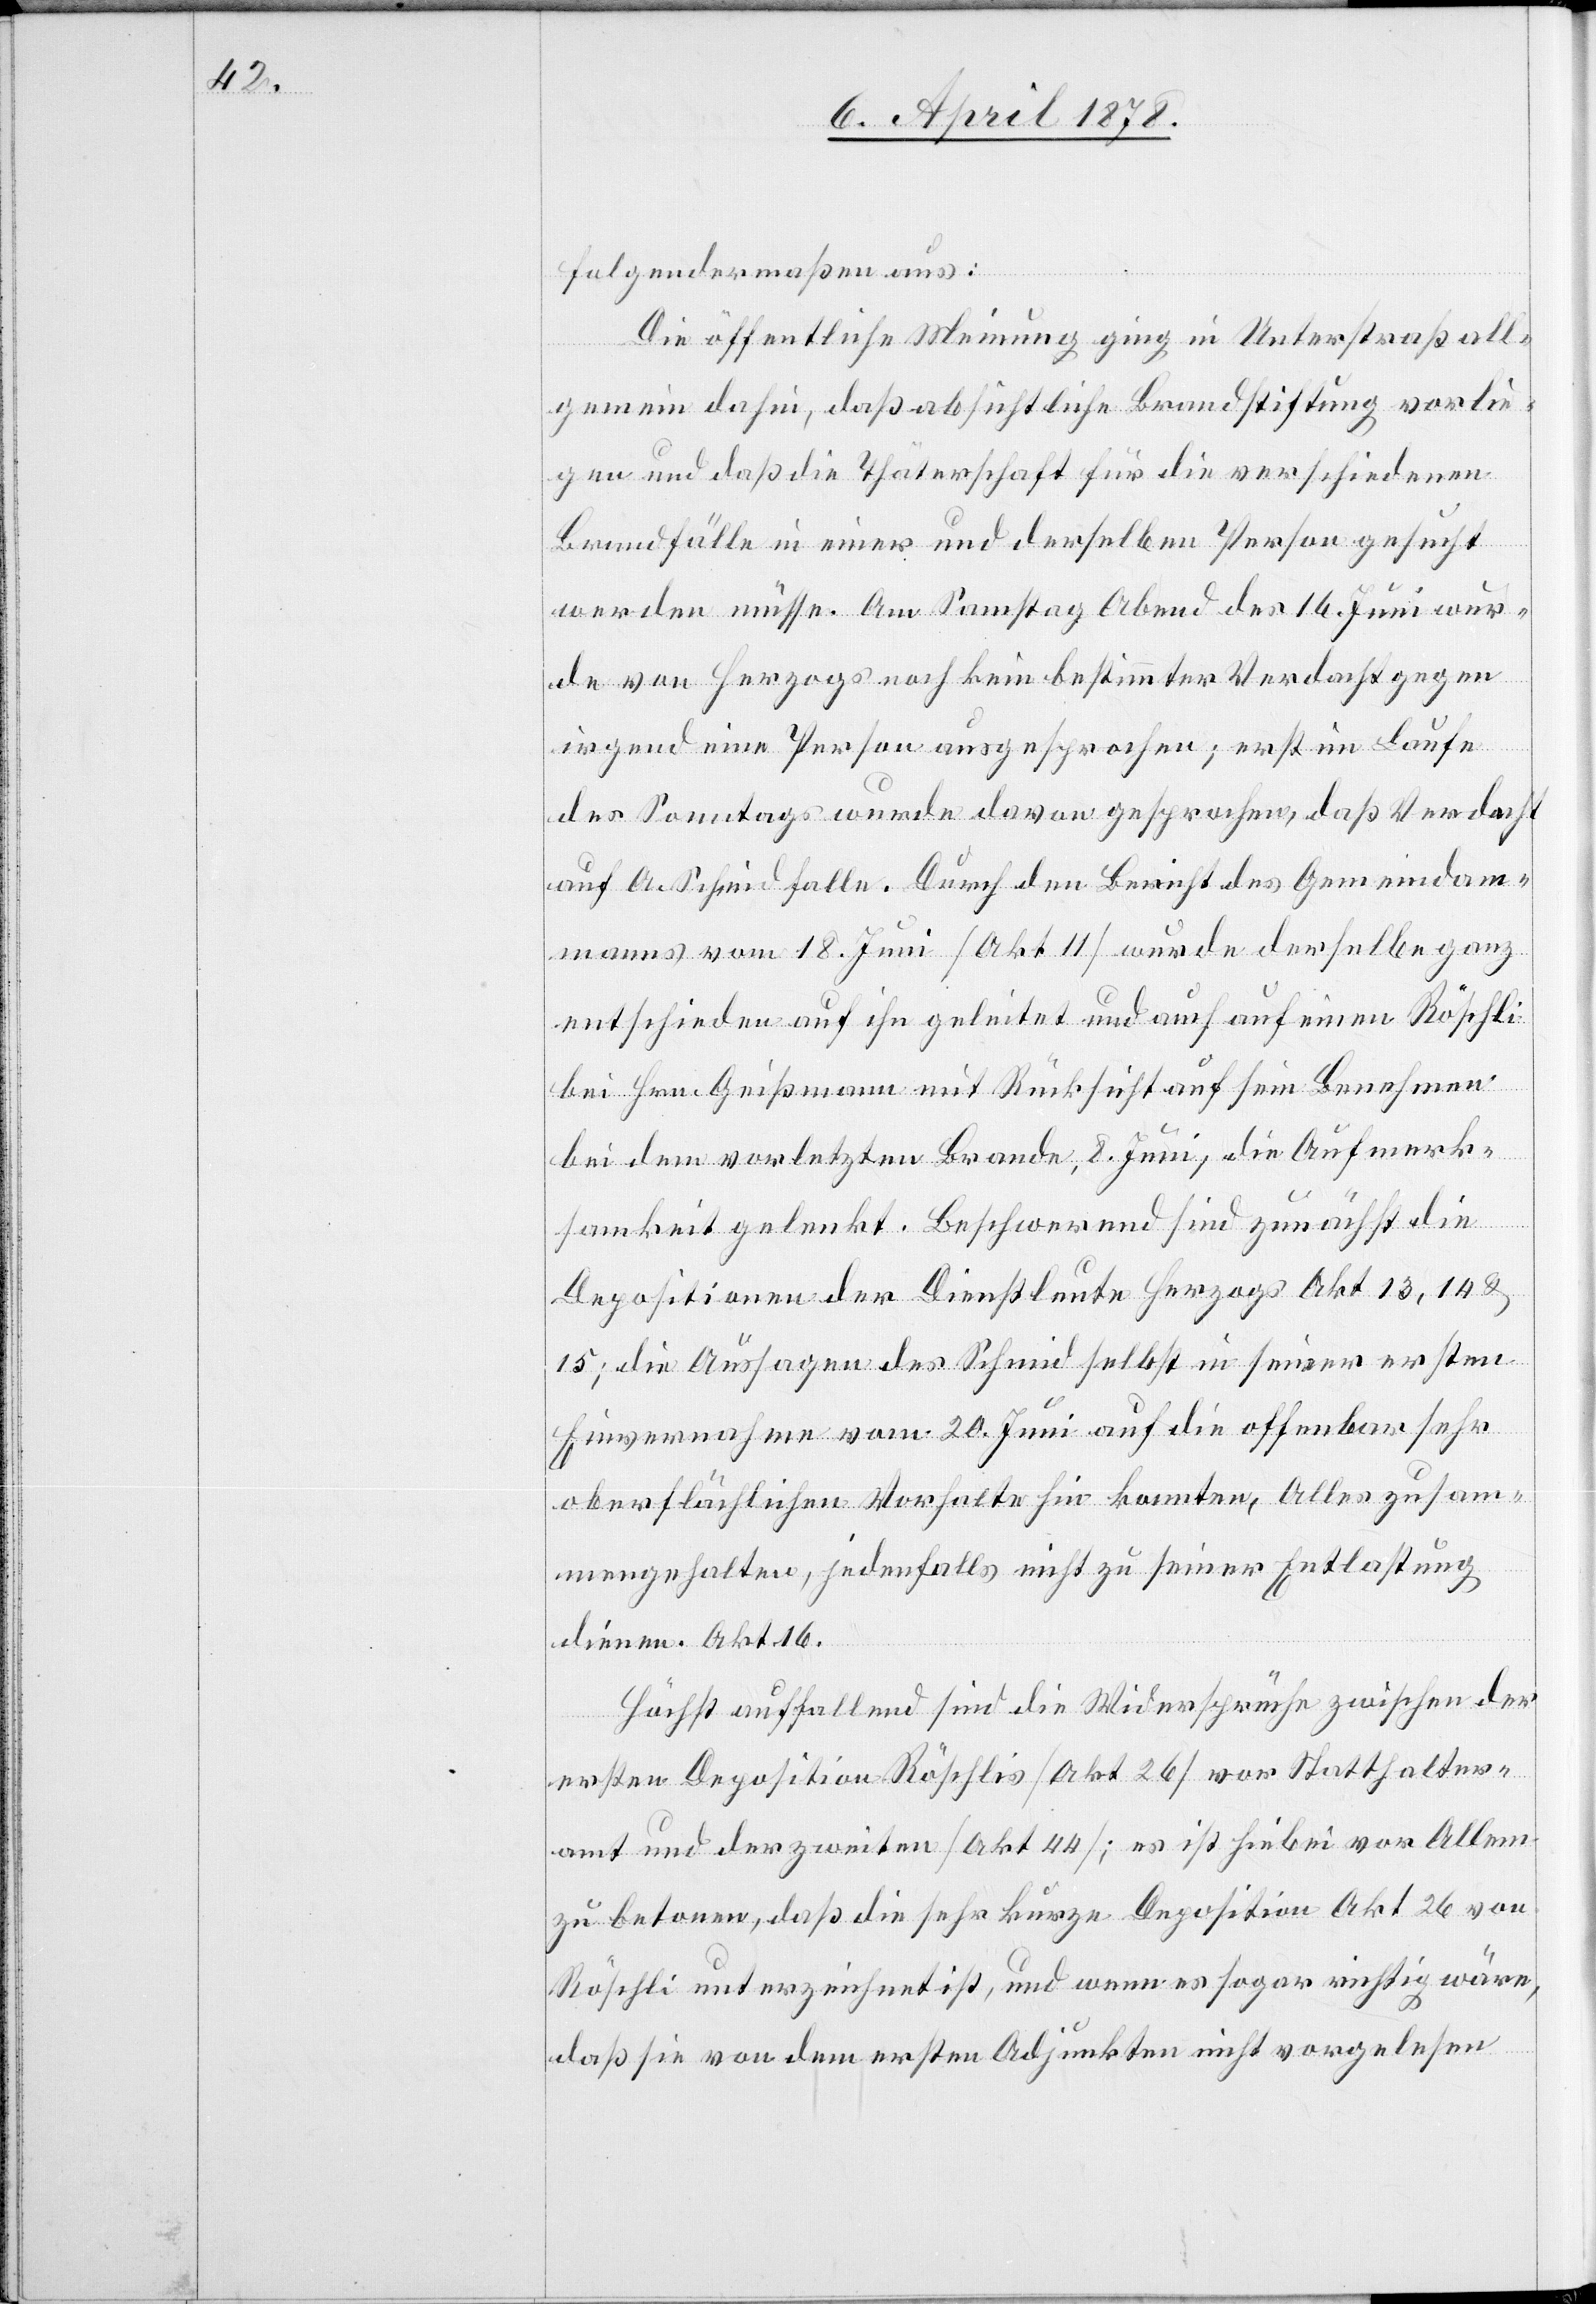
folgendermaßen aus:
Die öffentliche Meinung ging in Unterstraß all¬
gemein dahin, daß absichtliche Brandstiftung vorlie¬
gen und daß die Thäterschaft für die verschiedenen
Brandfälle in einer und derselben Person gesucht
werden müsse. Am Samstag Abend des 16. Juni wur¬
de von Herzogs noch kein bestimmter Verdacht gegen
irgend eine Person ausgesprochen; erst im Laufe
des Sonntags wurde davon gesprochen, daß Verdacht
auf A. Schmid falle. Durch den Bericht des Gemeindeam¬
manns vom 18. Juni (Akt 11) wurde derselbe ganz
entschieden auf ihn geleitet und auch auf einen Röschli
bei Hrn. Geißmann mit Rücksicht auf sein Benehmen
bei dem vorletzten Brande, 8. Juni, die Aufmerk¬
samkeit gelenkt. Beschwerend sind zunächst die
Depositionen der Dienstleute Herzogs Akt 13, 14 &
15; die Aussagen des Schmid selbst in seiner ersten
Einvernahme vom 20. Juni auf die offenbar sehr
oberflächlichen Vorhalte hin konnten, Alles zusam¬
mengehalten, jedenfalls nicht zu seiner Entlassung
dienen. Akt 16.
Höchst auffallend sind die Widersprüche zwischen der
ersten Deposition Röschlis (Akt 26) vor Statthalter¬
amt und der zweiten (Akt 44); es ist hiebei vor Allem
zu betonen, daß die sehr kurze Deposition Akt 26 von
Röschli unterzeichnet ist, und wenn es sogar richtig wäre,
daß sie von dem ersten Adjunkten nicht vorgelesen